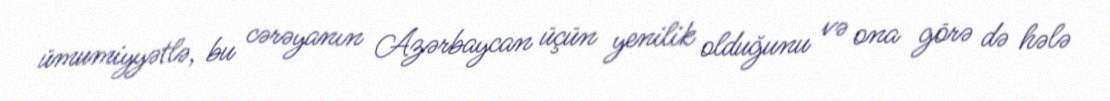
ümumiyyətlə, bu cərəyanın Azərbaycan üçün yenilik olduğunu və ona görə də hələ